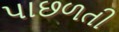
પાછળતી